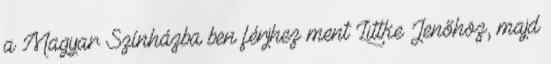
a Magyar Színházba ben férjhez ment Littke Jenőhöz, majd